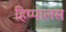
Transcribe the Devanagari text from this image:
हिप्पालस